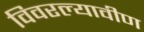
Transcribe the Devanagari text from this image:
विवरल्यावीण